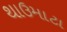
થાઉમાટા